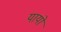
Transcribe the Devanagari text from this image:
यायो